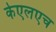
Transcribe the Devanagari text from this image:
केएलएच